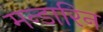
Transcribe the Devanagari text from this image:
मन्डारिन